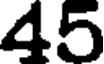
45